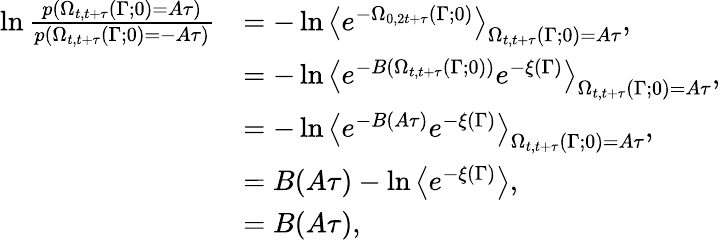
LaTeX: \begin{array}{rl}{\ln\frac{p(\Omega_{t,t+\tau}(\Gamma;0)=A\tau)}{p(\Omega_{t,t+\tau}(\Gamma;0)=-A\tau)}}&{=-\ln\left<e^{-\Omega_{0,2t+\tau}(\Gamma;0)}\right>_{\Omega_{t,t+\tau}(\Gamma;0)=A\tau},}\\ &{=-\ln\left<e^{-B(\Omega_{t,t+\tau}(\Gamma;0))}e^{-\xi(\Gamma)}\right>_{\Omega_{t,t+\tau}(\Gamma;0)=A\tau},}\\ &{=-\ln\left<e^{-B(A\tau)}e^{-\xi(\Gamma)}\right>_{\Omega_{t,t+\tau}(\Gamma;0)=A\tau},}\\ &{=B(A\tau)-\ln\left<e^{-\xi(\Gamma)}\right>,}\\ &{=B(A\tau),}\end{array}